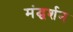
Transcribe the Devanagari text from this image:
मंद्घर्शन